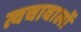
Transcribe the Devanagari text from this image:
त्वचावालों